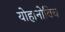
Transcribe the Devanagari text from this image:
योहानोविच